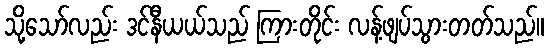
သို့သော်လည်း ဒင်နီယယ်သည် ကြားတိုင်း လန့်ဖျပ်သွားတတ်သည်။